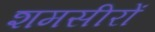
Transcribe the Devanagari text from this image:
शमसीरों